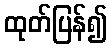
ထုတ်ပြန်၍